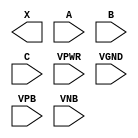
module sky130_fd_sc_lp__or3 (
    X   ,
    A   ,
    B   ,
    C   ,
    VPWR,
    VGND,
    VPB ,
    VNB
);

    output X   ;
    input  A   ;
    input  B   ;
    input  C   ;
    input  VPWR;
    input  VGND;
    input  VPB ;
    input  VNB ;
endmodule